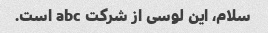
سلام، این لوسی از شرکت abc است.